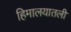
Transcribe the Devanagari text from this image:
हिमालयातली